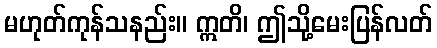
မဟုတ်ကုန်သနည်း။ ဣတိ၊ ဤသို့မေးပြန်လတ်